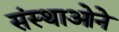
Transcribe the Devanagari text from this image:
संस्थाओने